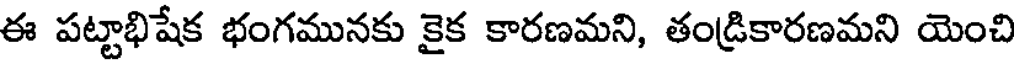
ఈ పట్టాభిషేక భంగమునకు కైక కారణమని, తండ్రికారణమని యెంచి